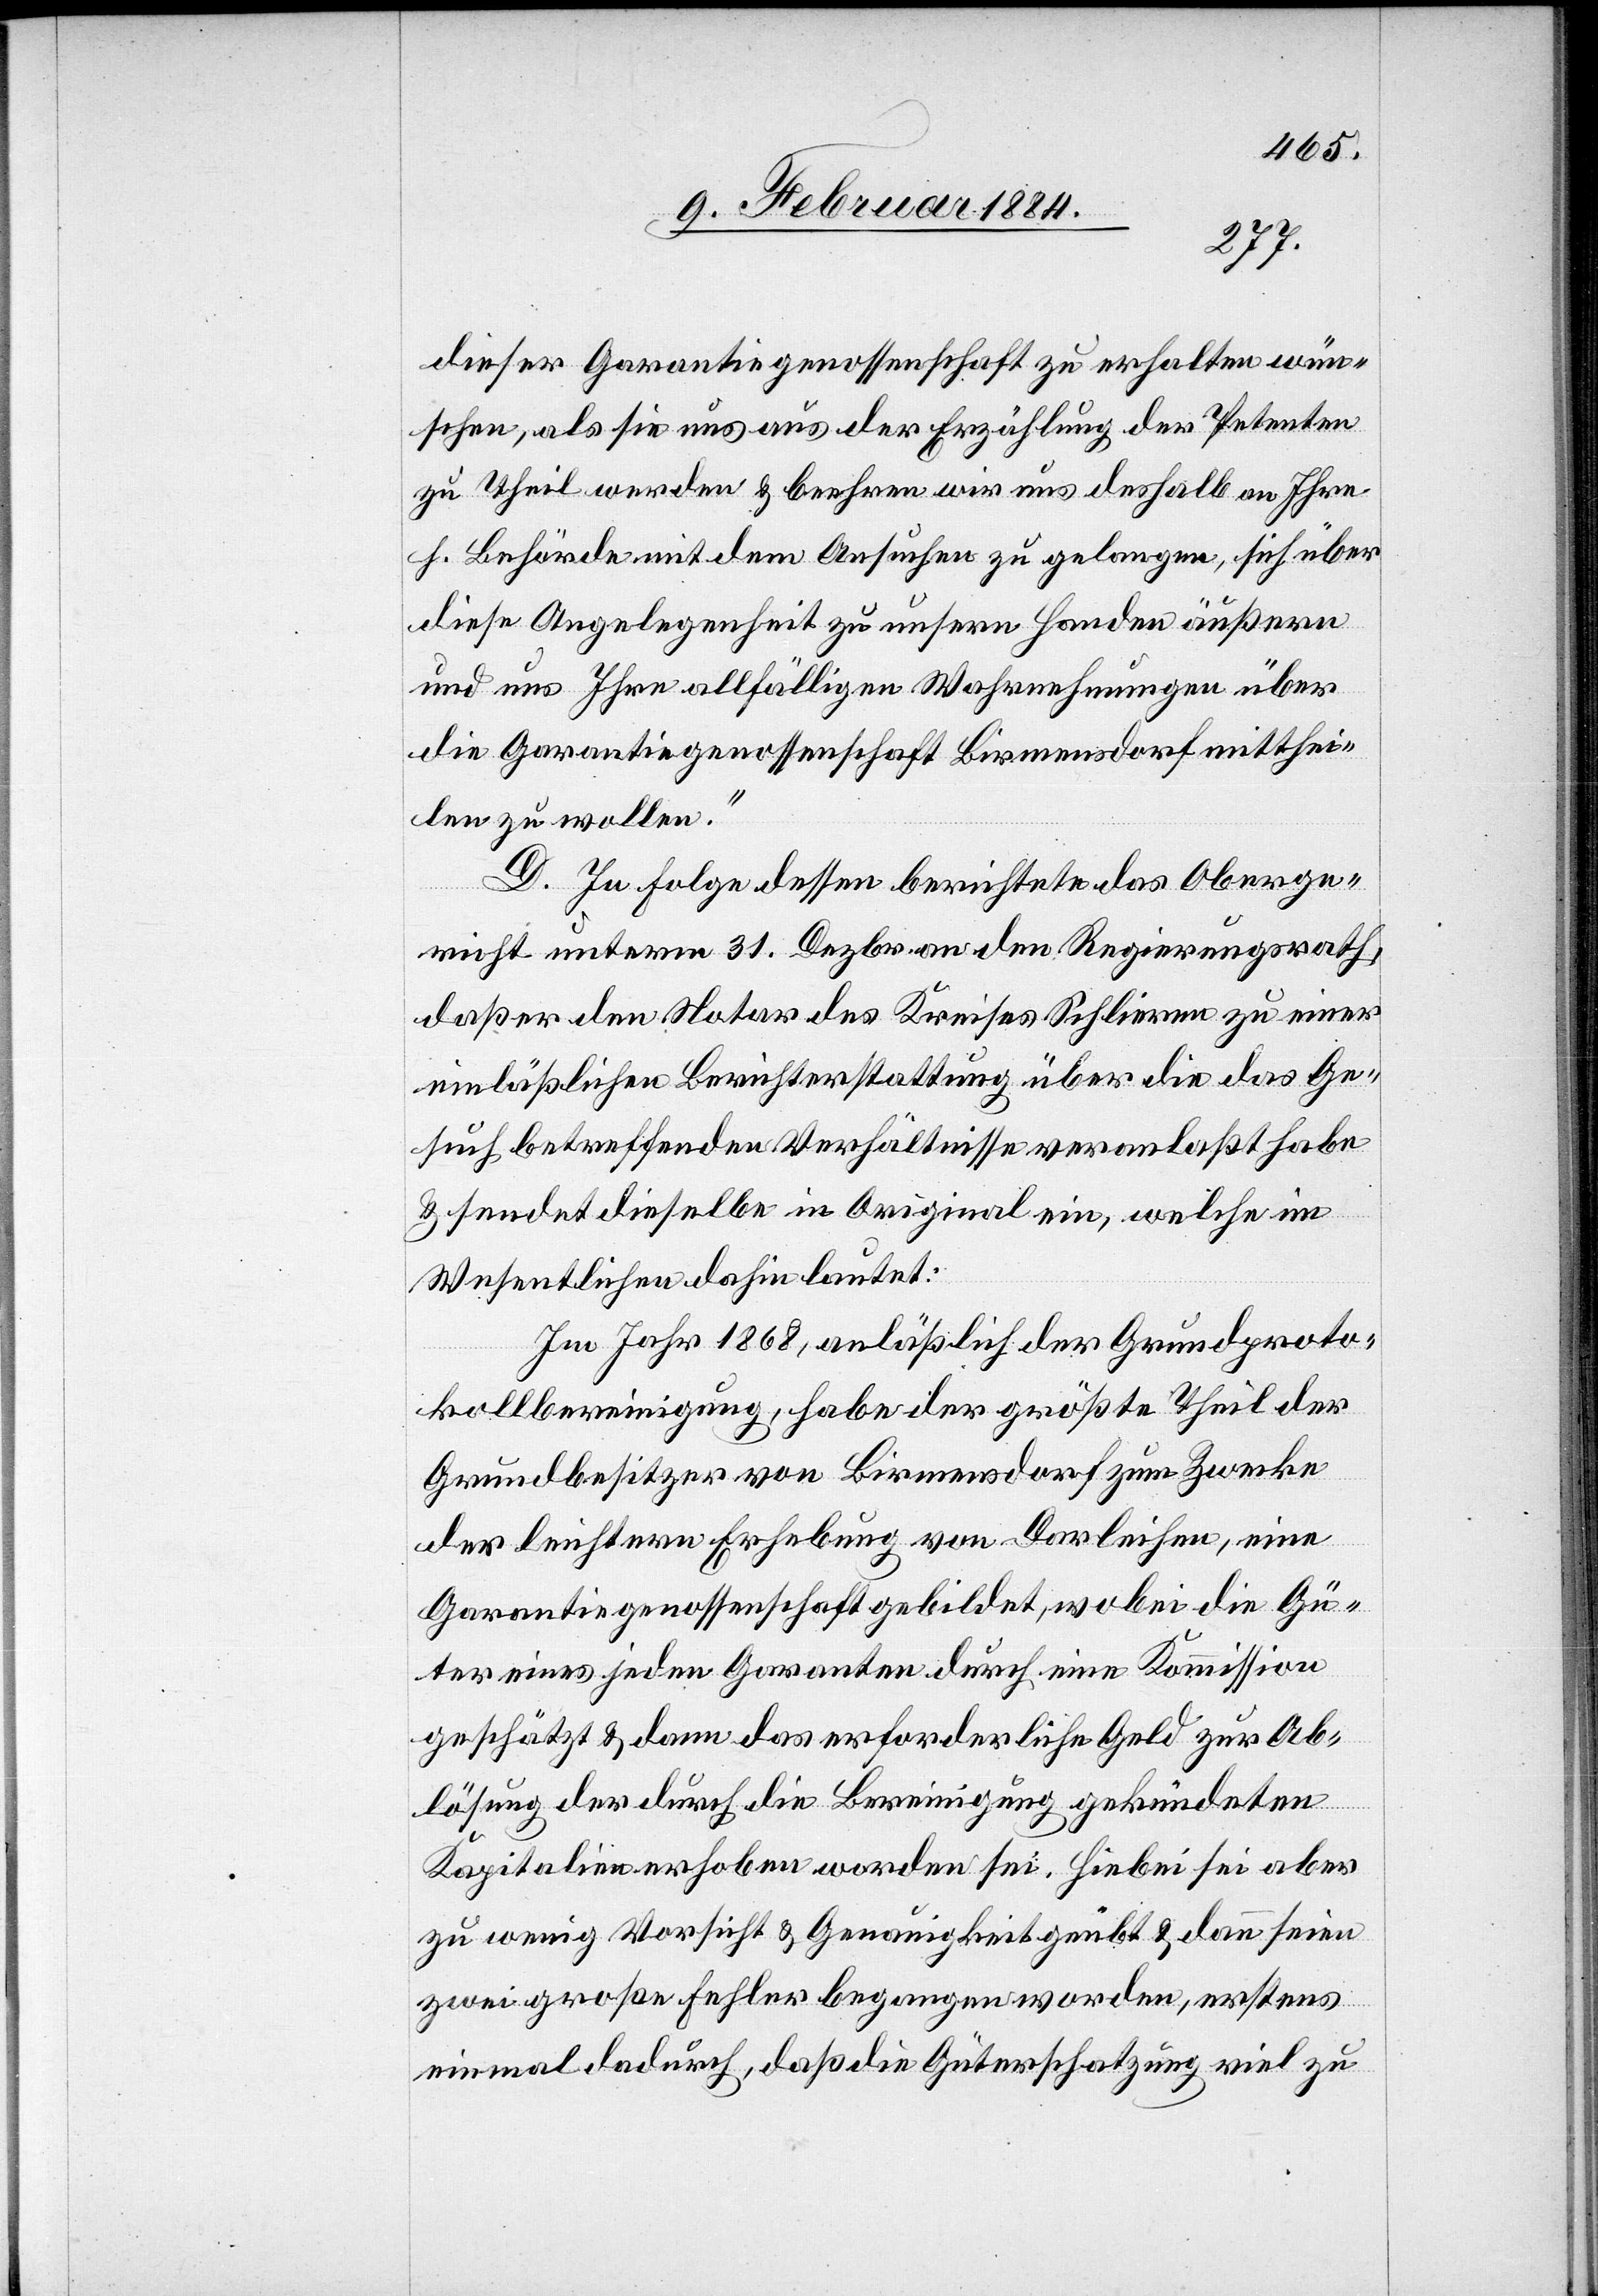
dieser Garantiegenossenschaft zu erhalten wün¬
schen, als sie uns aus der Erzählung der Petenten
zu Theil werden & beehren wir uns deshalb an Ihre
h. Behörde mit dem Ansuchen zu gelangen, sich über
diese Angelegenheit zu unsern Handen äußern
und uns Ihre allfälligen Wahrnehmungen über
die Garantiegenossenschaft Birmensdorf mitthei¬
len zu wollen.“
D. In Folge dessen berichtete das Oberge¬
richt unterm 31. Dezbr. an den Regierungsrath,
daß er den Notar des Kreises Schlieren zu einer
einläßlichen Berichterstattung über die das Ge¬
such betreffenden Verhältnisse veranlaßt habe
& sendet dieselbe in Original ein, welche im
Wesentlichen dahin lautet:
Im Jahr 1868, anläßlich der Grundproto¬
kollbereinigung, habe der größte Theil der
Grundbesitzer von Birmensdorf zum Zwecke
der leichteren Erhebung von Darleihen, eine
Garantiegenossenschaft gebildet, wobei die Gü¬
ter eines jeden Garanten durch eine Kommission
geschätzt & dann das erforderliche Geld zur Ab¬
lösung der durch die Bereinigung gekündeten
Kapitalien erhoben worden sei. Hiebei sei aber
zu wenig Vorsicht & Genauigkeit geübt & dann seien
zwei große Fehler begangen worden, erstens
einmal dadurch, daß die Güterschatzung viel zu